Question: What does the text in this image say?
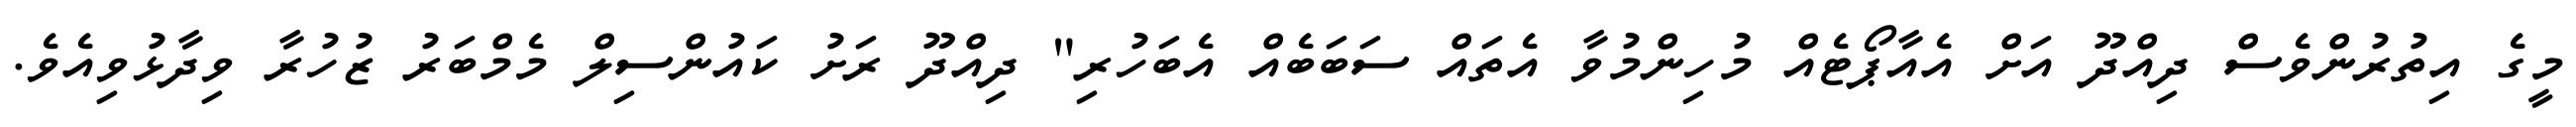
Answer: މީގެ އިތުރުންވެސް ދިއްދޫ އަށް އެއާޕޯޓެއް މުހިންމުވާ އެތައް ސަބަބެއް އެބަހުރި" ދިއްދޫ ރަށު ކައުންސިލް މެމްބަރު ޒުހުރާ ވިދާޅުވިއެވެ.